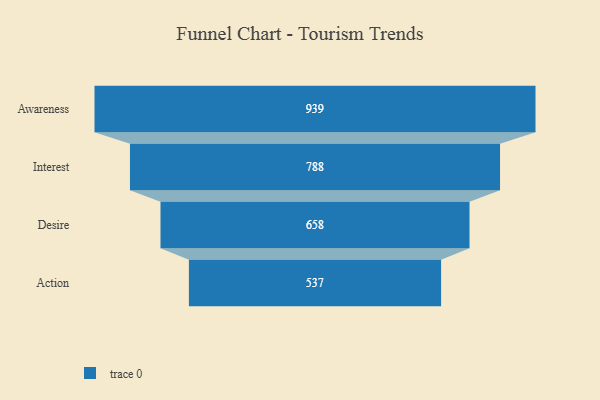
{"axis": {"x": "Stage", "y": "Value"}, "legend": [""], "data": [{"x": "Awareness", "y": 939.0, "type": ""}, {"x": "Interest", "y": 788.0, "type": ""}, {"x": "Desire", "y": 658.0, "type": ""}, {"x": "Action", "y": 537.0, "type": ""}]}